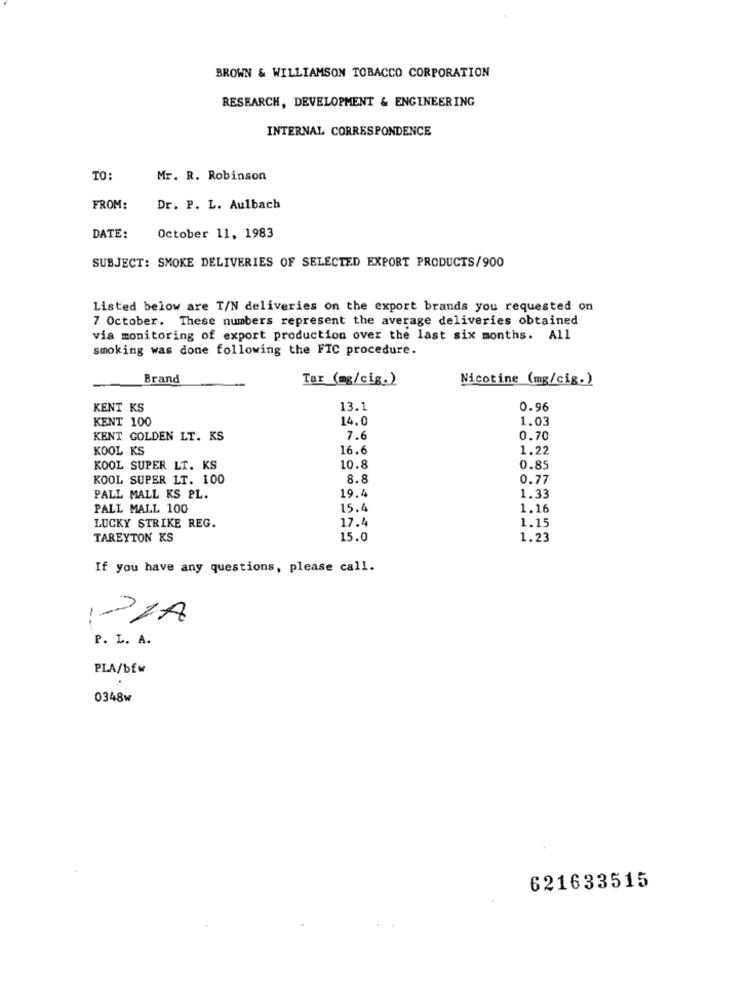
BROWN & WILLIAMSON TOBACCO CORPORATION
RESEARCH, DEVELOPMENT & ENGINEERING
INTERNAL CORRESPONDENCE
TO:
Mr. R. Robinson
FROM:
Dr. P. L. Aulbach
DATE:
October 11, 1983
SUBJECT: SMOKE DELIVERIES OF SELECTED EXPORT PRODUCTS/900
Listed below are T/N deliveries on the export brands you requested on
7 October. These numbers represent the average deliveries obtained
via monitoring of export production over the last six months. All
smoking was done following the FTC procedure.
Brand
Tar (mg/cig.)
Nicotine (mg/cig.)
KENT KS
13.1
0.96
KENT 100
14.0
1.03
KENT GOLDEN LT. KS
7.6
0.70
KOOL KS
16.6
1.22
KOOL SUPER LT. KS
10.8
0.85
KOOL SUPER LT. 100
8.8
0.77
19.4
PALL MALL KS PL.
1.33
PALL MALL 100
15.4
1.16
17.4
LUCKY STRIKE REG.
1.15
TAREYTON KS
15.0
1.23
If you have any questions, please call.
21A
P. L. A.
PLA/bfw
0348w
621633515